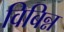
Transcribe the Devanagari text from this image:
विबिन्न